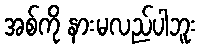
အစ်ကို နားမလည်ပါဘူး